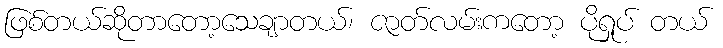
ဖြစ်တယ်ဆိုတာတော့သေချာတယ်၊ ဇာတ်လမ်းကတော့ ပိုရှုပ် တယ်